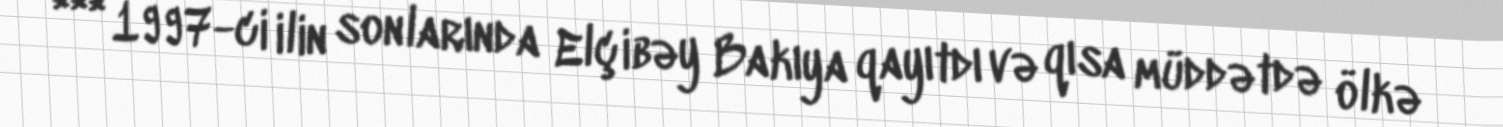
*** 1997-ci ilin sonlarında Elçibəy Bakıya qayıtdı və qısa müddətdə ölkə